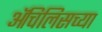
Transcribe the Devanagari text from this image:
ॲचिलिसच्या